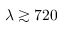
\lambda \gtrsim 7 2 0